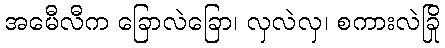
အမေီလီက ခြောလဲခြော၊ လှလဲလှ၊ စကားလဲခြို